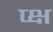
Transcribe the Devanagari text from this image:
प्क्ष